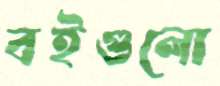
বইগুলো